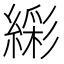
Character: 𬗹